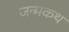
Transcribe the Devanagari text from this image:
जन्मकथ